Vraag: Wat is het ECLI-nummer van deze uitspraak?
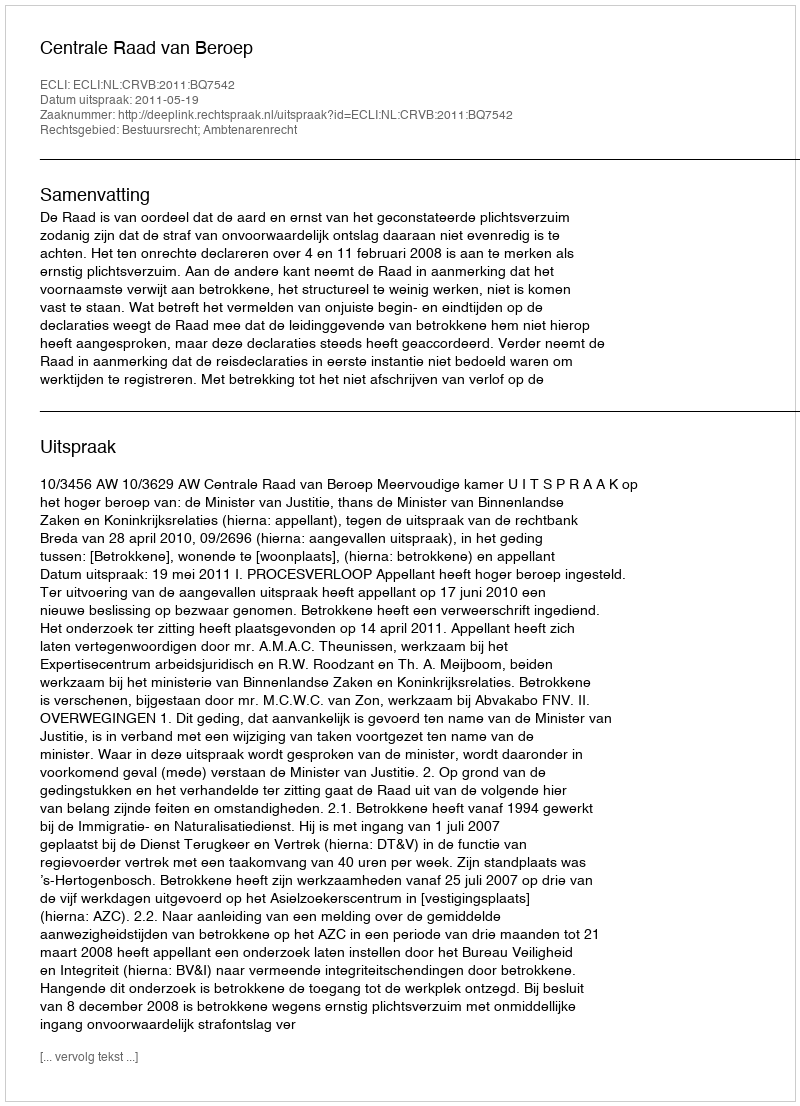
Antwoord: ECLI:NL:CRVB:2011:BQ7542